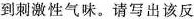
到刺激性气味。请写出该反